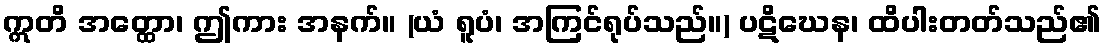
ဣတိ အတ္ထော၊ ဤကား အနက်။ (ယံ ရူပံ၊ အကြင်ရုပ်သည်။) ပဋိဃေန၊ ထိပါးတတ်သည်၏